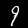
Digit: 9